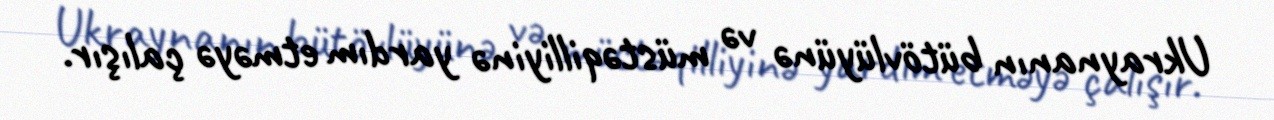
Ukraynanın bütövlüyünə və müstəqilliyinə yardım etməyə çalışır.